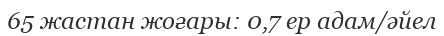
65 жастан жоғары: 0,7 ер адам/әйел